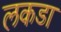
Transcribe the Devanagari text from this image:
लकडा